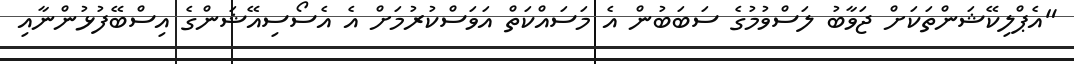
"އެޕްލިކޭޝަންތަކަށް ޖަވާބު ލަސްވުމުގެ ސަބަބުން އެ މަސައްކަތް އަވަސްކުރުމަށް އެ އެސޯސިއޭޝަންގެ އިސްބޭފުޅުންނާއި